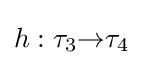
h:\tau _{3}{\to }\tau _{4}